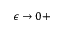
\epsilon \rightarrow 0 +